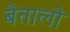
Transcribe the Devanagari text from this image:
बेतालो